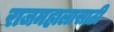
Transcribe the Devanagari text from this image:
राजमहालासाठी